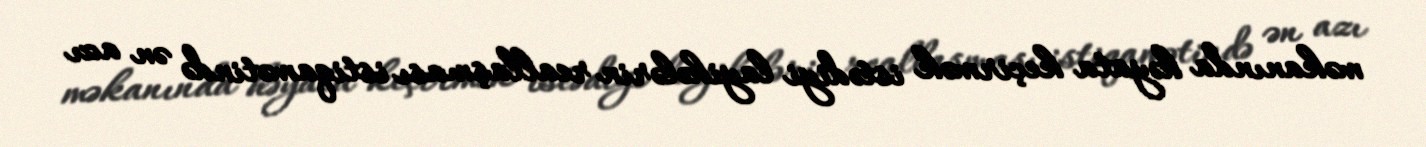
məkanında həyata keçirmək istədiyi layihələrin reallaşması istiqamətində ən azı